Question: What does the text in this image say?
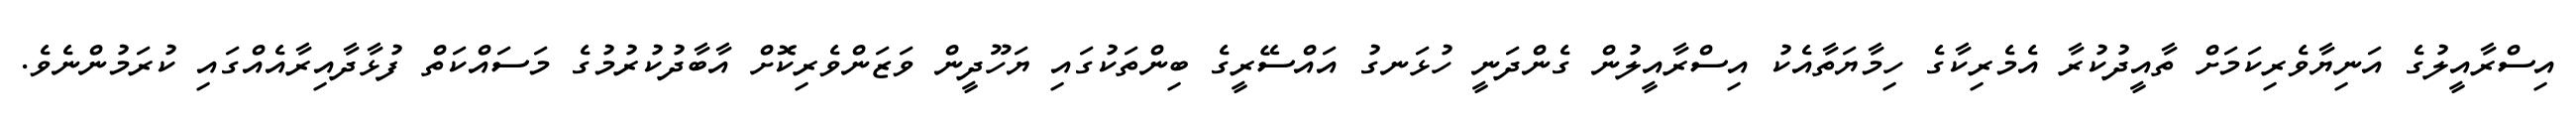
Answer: އިސްރާއީލުގެ އަނިޔާވެރިކަމަށް ތާއީދުކުރާ އެމެރިކާގެ ހިމާޔަތާއެކު އިސްރާއީލުން ގެންދަނީ ހުޅަނގު އައްސޭރީގެ ބިންތަކުގައި ޔަހޫދީން ވަޒަންވެރިކޮށް އާބާދުކުރުމުގެ މަސައްކަތް ފުޅާދާއިރާއެއްގައި ކުރަމުންނެވެ.